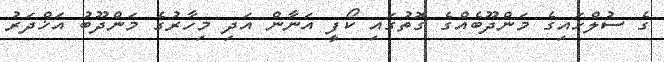
ގެ ސުލްހައިގެ މަންދޫބެއްގެ ގޮތުގައި ކޯފީ އަނާން އަދި މިހާރުގެ މަންދޫބު އަޚްދަރު